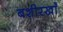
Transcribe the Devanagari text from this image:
बशीरखाँ